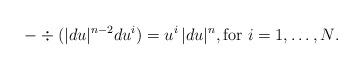
LaTeX: \begin{align*} -\div(|du|^{n-2} du^i) = u^i\, |du|^n, \mbox{for $i = 1,\ldots,N$}.\end{align*}